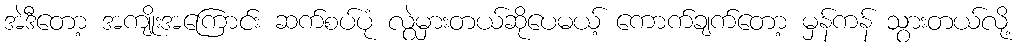
အဲဒီတော့ အကျိုးအကြောင်း ဆက်စပ်ပုံ လွဲမှားတယ်ဆိုပေမယ့် ကောက်ချက်တော့ မှန်ကန် သွားတယ်လို့